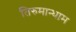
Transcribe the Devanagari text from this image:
तिरुमान्धाम